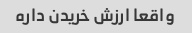
واقعا ارزش خریدن داره